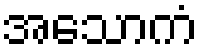
အသောကံ